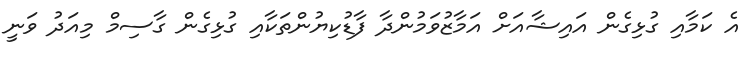
އެ ކަމާއި ގުޅިގެން އައިޝާއަށް އަމާޒުވަމުންދާ ފާޑުކިޔުންތަކާއި ގުޅިގެން ގާސިމް މިއަދު ވަނީ